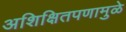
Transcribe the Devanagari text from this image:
अशिक्षितपणामुळे